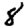
Digit: 8